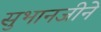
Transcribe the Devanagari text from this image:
सुभानजीने